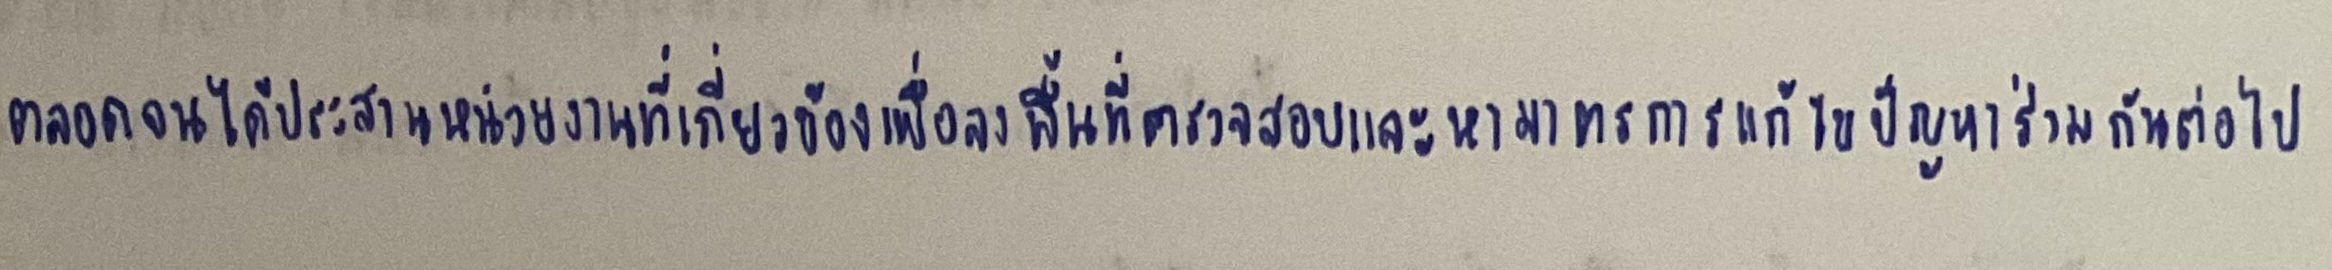
ตลอดจนได้ประสานหน่วยงานที่เกี่ยวข้องเพื่อลงพื้นที่ตรวจสอบและหามาตรการแก้ไขปัญหาร่วมกันต่อไป